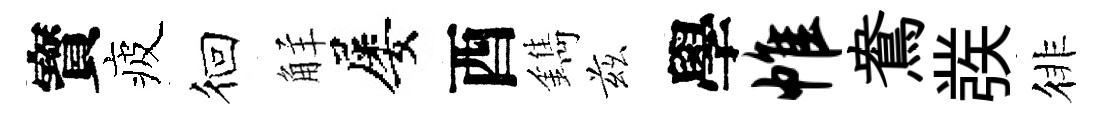
寳疲徊觧屡酉鐫兹學帷鴦彂徘